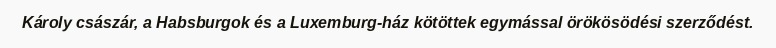
Károly császár, a Habsburgok és a Luxemburg-ház kötöttek egymással örökösödési szerződést.